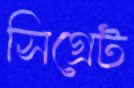
সিগ্রেট